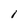
Character: l